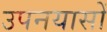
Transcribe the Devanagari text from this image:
उपनयासों